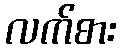
လက်စား